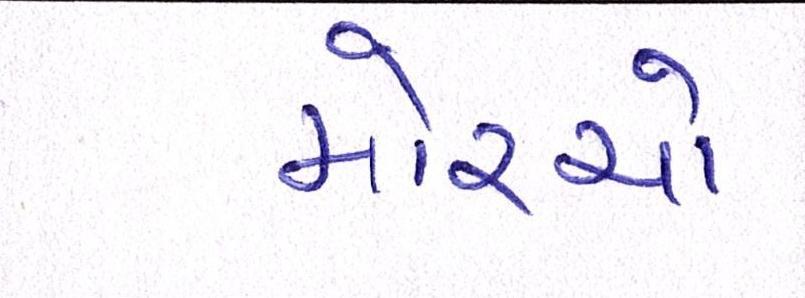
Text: મોરચો